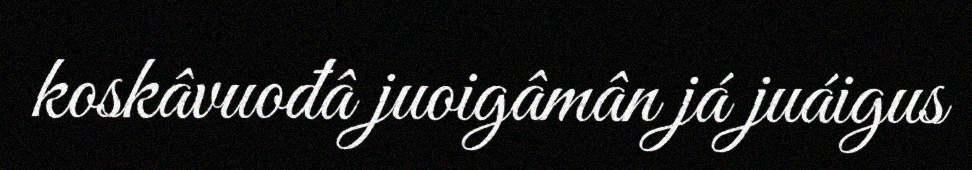
koskâvuođâ juoigâmân já juáigus